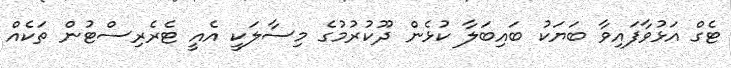
ޓެގް އަޅުވާފައިވާ ބަޔަކު ބައިބަލާ ކުޅެން ދޫކުރުމުގެ މިސާލަކީ އެއީ ޓެރެރިސްޓުން ތަކެއް